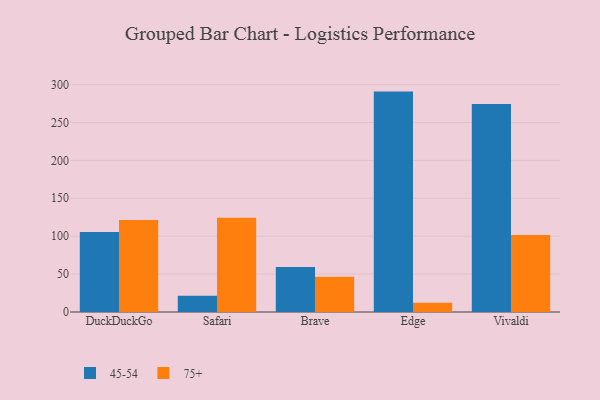
{"axis": {"x": "Browser", "y": "Shipments"}, "legend": ["45-54", "75+"], "data": [{"x": "DuckDuckGo", "y": 105.5, "type": "45-54"}, {"x": "DuckDuckGo", "y": 121.3, "type": "75+"}, {"x": "Safari", "y": 21.4, "type": "45-54"}, {"x": "Safari", "y": 124.4, "type": "75+"}, {"x": "Brave", "y": 59.4, "type": "45-54"}, {"x": "Brave", "y": 46.4, "type": "75+"}, {"x": "Edge", "y": 290.7, "type": "45-54"}, {"x": "Edge", "y": 12.1, "type": "75+"}, {"x": "Vivaldi", "y": 274.2, "type": "45-54"}, {"x": "Vivaldi", "y": 101.6, "type": "75+"}]}